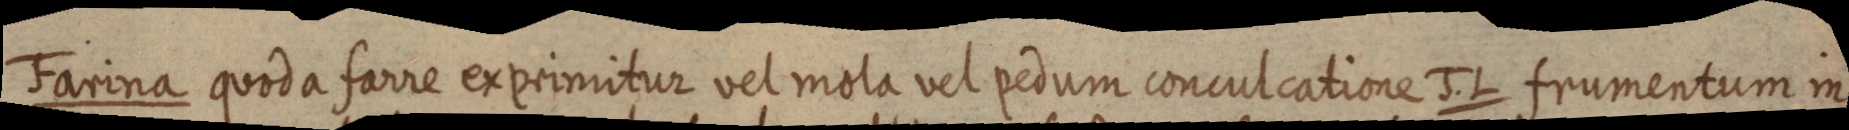
Farina quoda farre exprimitur vel mola vel pedum conculcatione J. L frumentum in